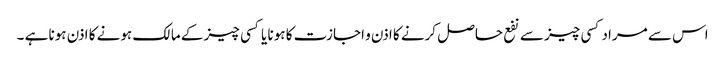
اس سے مراد کسی چیز سے نفع حاصل کرنے کا اذن و اجازت کا ہونا یا کسی چیز کے مالک ہونے کا اذن ہونا ہے ۔